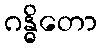
ဂန္ဓိတော